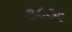
૩૮૭૨